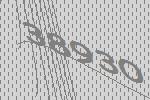
38930